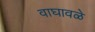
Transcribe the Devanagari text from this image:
वाघावळे